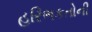
હરિભકતોની